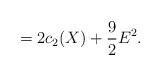
LaTeX: \begin{align*}=2c_2(X)+\frac{9}{2}E^2.\end{align*}